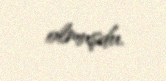
olmuşdu.